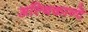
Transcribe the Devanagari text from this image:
अल्बिकान्टे